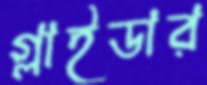
গ্লাইডার